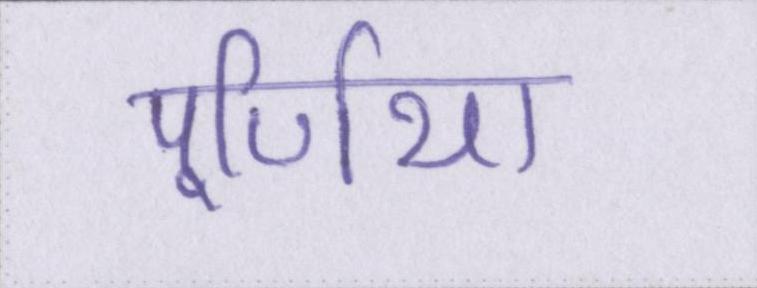
पूर्णिया